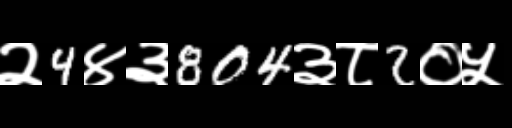
Text: २4४३804३८2०५